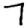
Digit: 7